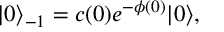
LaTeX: | 0 \rangle _ { - 1 } = c ( 0 ) e ^ { - \phi ( 0 ) } | 0 \rangle ,